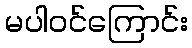
မပါဝင်ကြောင်း